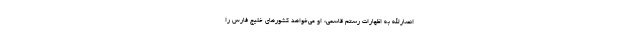
انصارالله به اظهارات رستم قاسمی: او می‌خواهد کشورهای خلیج فارس را